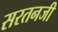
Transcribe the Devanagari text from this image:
सरतनजी